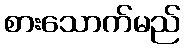
စားသောက်မည်